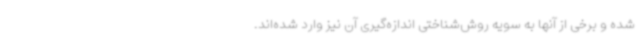
شده و برخی از آنها به سویه روش‌شناختی اندازه‌گیری آن نیز وارد شده‌اند.